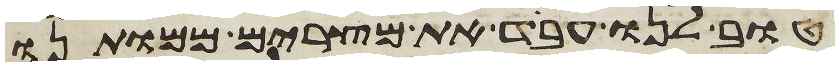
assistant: טוב לנו עבד את מצרים ממותנו